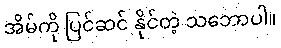
အိမ်ကို ပြင်ဆင် နိုင်တဲ့ သဘောပါ။